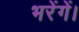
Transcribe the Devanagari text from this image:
भरेंगें।